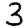
Digit: 3